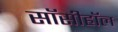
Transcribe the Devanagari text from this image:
सॉसीहॉल